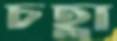
চহ্লা